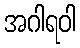
အဂါရဝါ